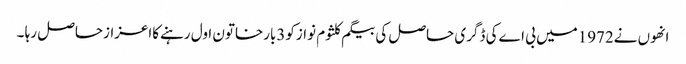
انھوں نے1972میں بی اےکی ڈگری حاصل کی بیگم کلثوم نوازکو3بارخاتون اول رہنےکااعزازحاصل رہا ۔